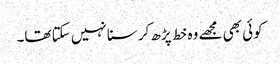
کوئی بھی مجھے وہ خط پڑھ کر سنا نہیں سکتا تھا۔